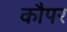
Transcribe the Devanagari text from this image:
कौपर